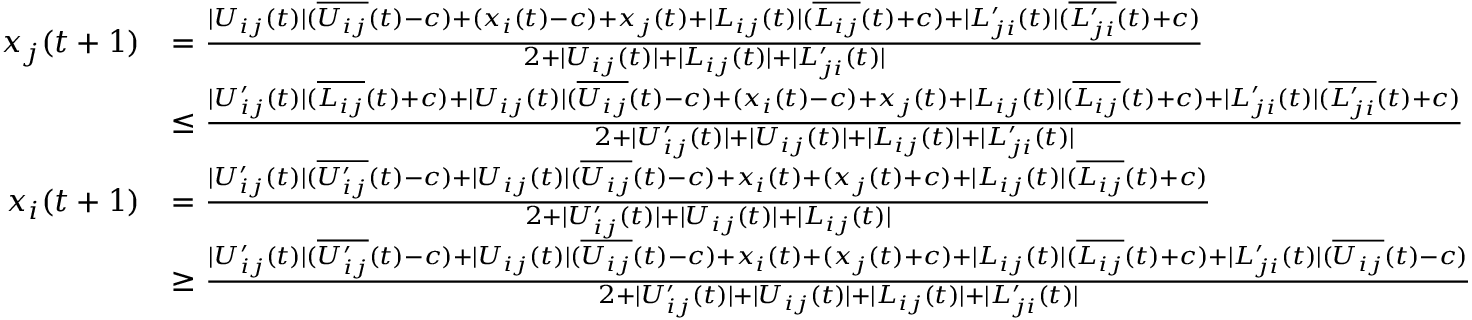
\begin{array} { r l } { x _ { j } ( t + 1 ) } & { = \frac { | U _ { i j } ( t ) | ( \overline { { U _ { i j } } } ( t ) - c ) + ( x _ { i } ( t ) - c ) + x _ { j } ( t ) + | L _ { i j } ( t ) | ( \overline { { L _ { i j } } } ( t ) + c ) + | L _ { j i } ^ { \prime } ( t ) | ( \overline { { L _ { j i } ^ { \prime } } } ( t ) + c ) } { 2 + | U _ { i j } ( t ) | + | L _ { i j } ( t ) | + | L _ { j i } ^ { \prime } ( t ) | } } \\ & { \leq \frac { | U _ { i j } ^ { \prime } ( t ) | ( \overline { { L _ { i j } } } ( t ) + c ) + | U _ { i j } ( t ) | ( \overline { { U _ { i j } } } ( t ) - c ) + ( x _ { i } ( t ) - c ) + x _ { j } ( t ) + | L _ { i j } ( t ) | ( \overline { { L _ { i j } } } ( t ) + c ) + | L _ { j i } ^ { \prime } ( t ) | ( \overline { { L _ { j i } ^ { \prime } } } ( t ) + c ) } { 2 + | U _ { i j } ^ { \prime } ( t ) | + | U _ { i j } ( t ) | + | L _ { i j } ( t ) | + | L _ { j i } ^ { \prime } ( t ) | } } \\ { x _ { i } ( t + 1 ) } & { = \frac { | U _ { i j } ^ { \prime } ( t ) | ( \overline { { U _ { i j } ^ { \prime } } } ( t ) - c ) + | U _ { i j } ( t ) | ( \overline { { U _ { i j } } } ( t ) - c ) + x _ { i } ( t ) + ( x _ { j } ( t ) + c ) + | L _ { i j } ( t ) | ( \overline { { L _ { i j } } } ( t ) + c ) } { 2 + | U _ { i j } ^ { \prime } ( t ) | + | U _ { i j } ( t ) | + | L _ { i j } ( t ) | } } \\ & { \geq \frac { | U _ { i j } ^ { \prime } ( t ) | ( \overline { { U _ { i j } ^ { \prime } } } ( t ) - c ) + | U _ { i j } ( t ) | ( \overline { { U _ { i j } } } ( t ) - c ) + x _ { i } ( t ) + ( x _ { j } ( t ) + c ) + | L _ { i j } ( t ) | ( \overline { { L _ { i j } } } ( t ) + c ) + | L _ { j i } ^ { \prime } ( t ) | ( \overline { { U _ { i j } } } ( t ) - c ) } { 2 + | U _ { i j } ^ { \prime } ( t ) | + | U _ { i j } ( t ) | + | L _ { i j } ( t ) | + | L _ { j i } ^ { \prime } ( t ) | } } \end{array}